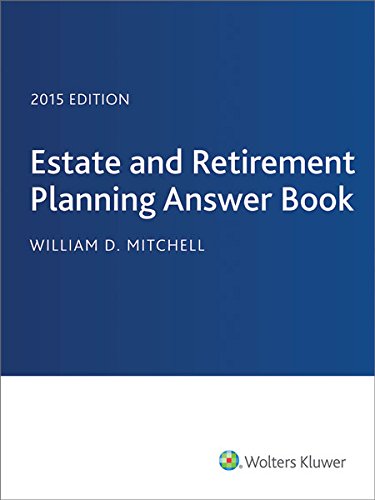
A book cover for Estate & Retirement Planning Answer Book, 2015 Edition; J.D. William D. Mitchell; Business & Money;